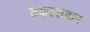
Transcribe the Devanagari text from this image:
टकाराकर